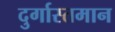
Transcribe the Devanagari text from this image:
दुर्गास्तमान